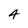
Character: 4